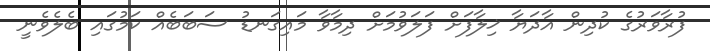
ފުރާވަރުގެ ކުދިން އާދަޔާ ޚިލާފަށް ފަލަވުމަށް ދިމާވާ މައިގަނޑު ސަބަބެއް ކަމުގައި ބެލެވެނީ